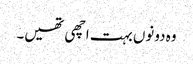
وہ دونوں بہت اچھی تھیں۔